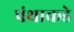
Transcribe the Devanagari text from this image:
पंथाकडे